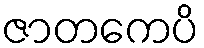
ဇာတကေပိ